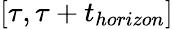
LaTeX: [\tau,\tau+t_{horizon}]